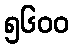
၅၆၀၀